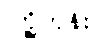
ကြို့ကုန်း